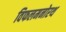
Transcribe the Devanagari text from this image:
विफलमनोरथ